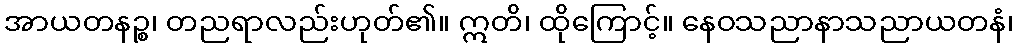
အာယတနဉ္စ၊ တညရာလည်းဟုတ်၏။ ဣတိ၊ ထိုကြောင့်။ နေဝသညာနာသညာယတနံ၊